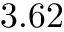
3 . 6 2